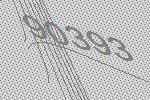
90393